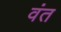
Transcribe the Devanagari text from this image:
वंत